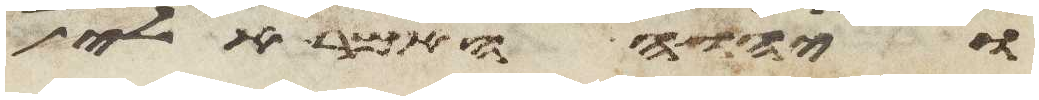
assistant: ויהוה האמר אלי